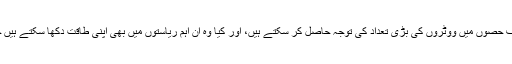
وہ یہ ثابت کرنے کے قابل ہو جاتے ہیں کہ آیا وہ ملک کے مختلف حصوں میں ووٹروں کی بڑی تعداد کی توجہ حاصل کر سکتے ہیں، اور کیا وہ ان اہم ریاستوں میں بھی اپنی طاقت دکھا سکتے ہیں جہاں ہرانتخاب میں ووٹر اپنی پسند کی پارٹی بدل لیتے رہتے ہیں۔